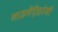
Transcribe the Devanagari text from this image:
गाडगॆऎळांनी